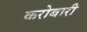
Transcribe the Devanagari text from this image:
करोबारी